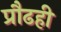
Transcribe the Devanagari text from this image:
प्रौढही